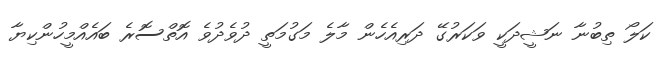
ކަލޯ ތިބުނާ ނަޝީދަކީ ވަކަރުގޭ ދަރިއެހެން މާލެ މަގުމަތީ ދުވެދުވެ އޮތްސޮރެ ބައެއްމީހުންކިޔާ